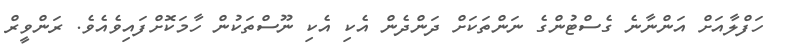
ހަފްލާއަށް އަންނާނެ ގެސްޓުންގެ ނަންތަކަށް ދަންދެން އެކި އެކި ނޫސްތަކުން ހާމަކޮށްފައިވެއެވެ. ރަންވީރް